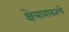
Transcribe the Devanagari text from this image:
क्षेत्राबाबतचे